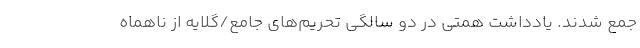
جمع شدند. یادداشت همتی در دو سالگی تحریم‌های جامع/گلایه از ناهماه